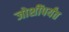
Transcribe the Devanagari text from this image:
जोशींपर्यंत